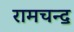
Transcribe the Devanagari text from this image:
रामचन्द॒